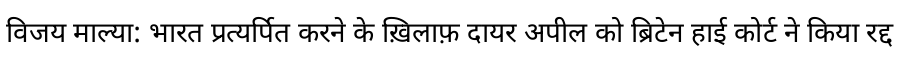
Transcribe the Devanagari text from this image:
विजय माल्या: भारत प्रत्यर्पित करने के ख़िलाफ़ दायर अपील को ब्रिटेन हाई कोर्ट ने किया रद्द